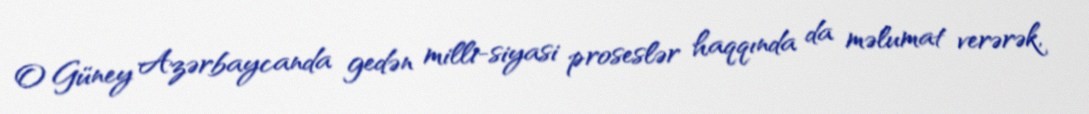
O Güney Azərbaycanda gedən milli-siyasi proseslər haqqında da məlumat verərək,